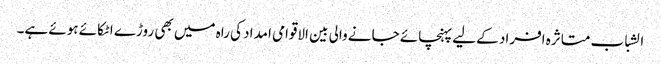
الشباب متاثرہ افراد کے لیے پہنچائے جانے والی بین الاقوامی امداد کی راہ میں بھی روڑے اٹکائے ہوئے ہے۔